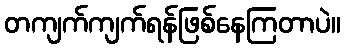
တကျက်ကျက်ရန်ဖြစ်နေကြတာပဲ။